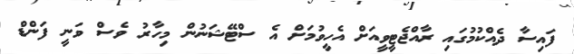
ފައިސާ ދެއްކުމުގައި ރާއްޖެޓީވީއަށް އެހީވުމަށް އެ ސްޓޭޝަނުން މިހާރު ވެސް ވަނީ ފަންޑް